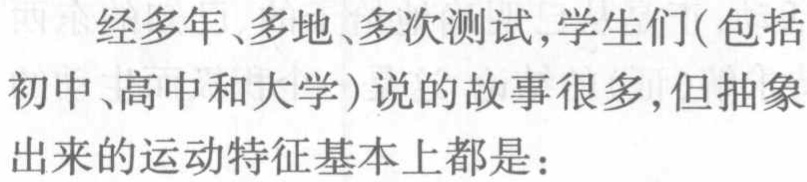
经多年、多地、多次测试，学生们(包括初中、高中和大学)说的故事很多,但抽象出来的运动特征基本上都是：